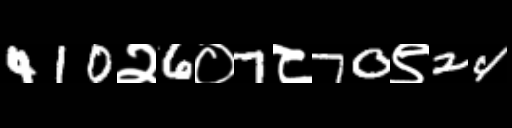
Text: 410२6०7८70९24